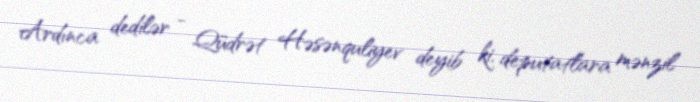
Ardınca dedilər - Qüdrət Həsənquliyev deyib ki, deputatlara mənzil